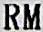
RM